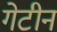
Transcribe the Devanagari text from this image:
गेटीन